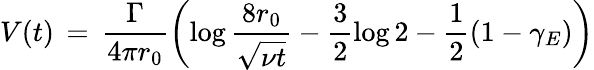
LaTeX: V(t)\, =\, \frac{\Gamma}{4\pi r_{0}}\left(\log\frac{8r_{0}}{\sqrt{\nu t}}-\frac 32\log 2-\frac 12(1-\gamma_{E})\right)